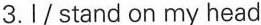
3.I/stand on my head